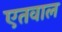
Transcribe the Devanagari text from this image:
एतवाल